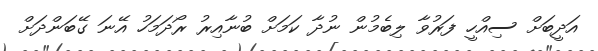
އަދީބަށް ސިއްހީ ފަރުވާ ލިބެމުން ނުދާ ކަމަށް ބުނާއިރު ރޯދަމަހު އޭނަ ގޭބަންދަށް